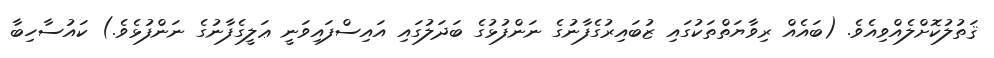
ޤަތުލުކޮށްލެއްވިއެވެ. (ބައެއް ރިވާޔަތްތަކުގައި ޒުބައިރުގެފާނުގެ ނަންފުޅުގެ ބަދަލުގައި އައިސްފައިވަނީ ޢަލީގެފާނުގެ ނަންފުޅެވެ.) ކައުސާހިބާ